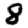
Digit: 8